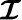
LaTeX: \boldsymbol{\mathcal{I}}